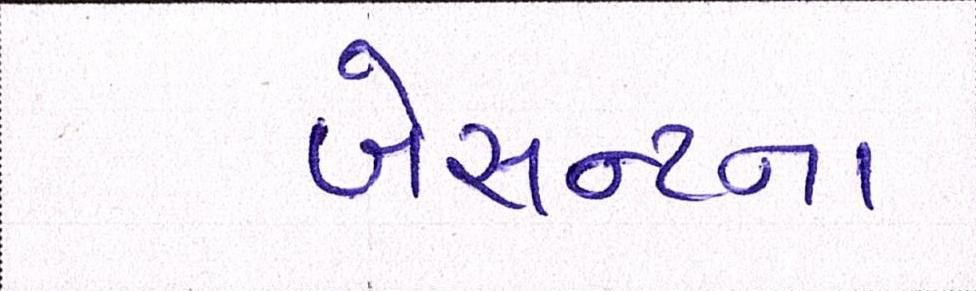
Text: બેસન્ટના